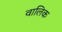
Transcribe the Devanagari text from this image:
वालिक